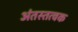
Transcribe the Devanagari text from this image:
अंतस्तत्वक